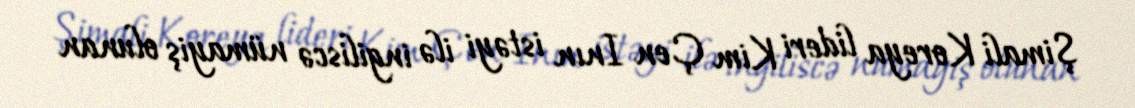
Şimali Koreya lideri Kim Çen Inın istəyi ilə ingiliscə nümayiş olunan